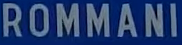
ROMMANI